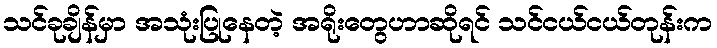
သင်ခုချိန်မှာ အသုံးပြုနေတဲ့ အရိုးတွေဟာဆိုရင် သင်ငယ်ငယ်တုန်းက